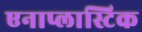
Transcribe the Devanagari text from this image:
एनाप्लास्टिक